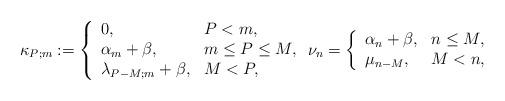
LaTeX: \begin{align*}\kappa_{P;m}:=\left\{\begin{array}{ll}0, &P<m,\\\alpha_m+\beta,& m\leq P\leq M,\\\lambda_{P-M;m}+\beta,& M<P,\end{array}\right.\nu_n=\left\{\begin{array}{ll}\alpha_n+\beta,& n\leq M,\\\mu_{n-M},& M< n,\end{array}\right.\end{align*}